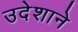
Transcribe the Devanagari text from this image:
उदेशाने